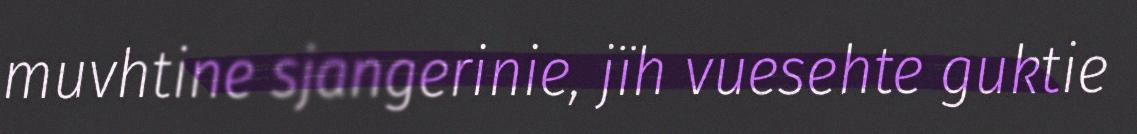
muvhtine sjangerinie, jïh vuesehte guktie